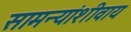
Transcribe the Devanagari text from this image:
सामन्यांशीवाय